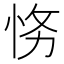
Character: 𱞒